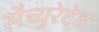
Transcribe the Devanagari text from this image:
सैच्युरेटेड